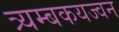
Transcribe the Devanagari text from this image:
त्र्यम्बकयज्वन